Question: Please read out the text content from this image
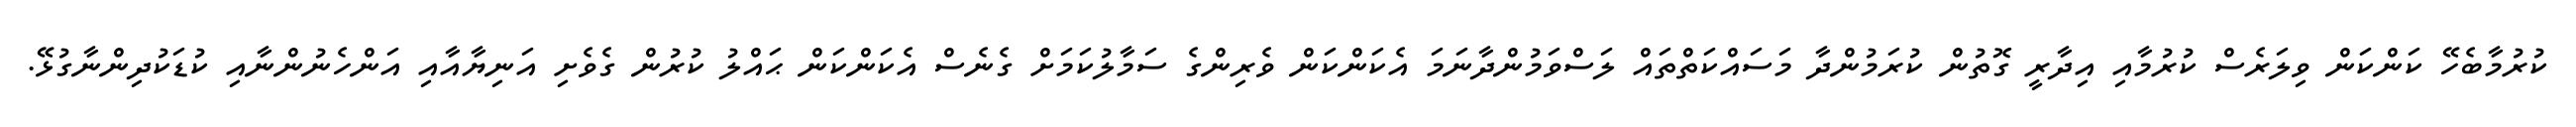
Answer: ކުރުމާބެހޭ ކަންކަން ވިލަރެސް ކުރުމާއި އިދާރީ ގޮތުން ކުރަމުންދާ މަސައްކަތްތައް ލަސްވަމުންދާނަމަ އެކަންކަން ވެރިންގެ ސަމާލުކަމަށް ގެނެސް އެކަންކަން ޙައްލު ކުރުން ގެވެށި އަނިޔާއާއި އަންހެނުންނާއި ކުޑަކުދިންނާގުޅޭ.